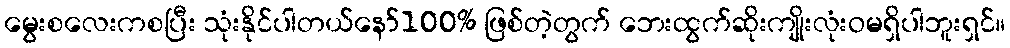
မွေးစလေးကစပြီး သုံးနိုင်ပါတယ်နော်100% ဖြစ်တဲ့တွက် ဘေးထွက်ဆိုးကျိုးလုံးဝမရှိပါဘူးရှင်။